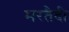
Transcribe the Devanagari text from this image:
मरतैदी